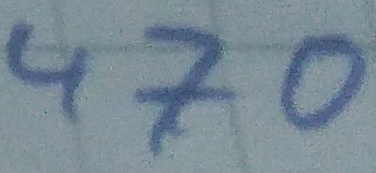
Text: 470